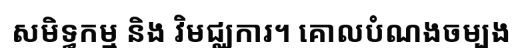
សមិទ្ធកម្ម និង វិមជ្ឈការ។ គោលបំណងចម្បង